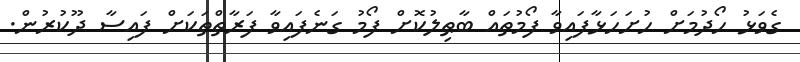
ގެވަޅު ހޯދުމަށް ހުށަހަޅާފައިވާ ފޯމުތައް ބާޠިލުކޮށް ފޯމު ގަނެފައިވާ ފަރާތްތަކަށް ފައިސާ ދޫކުރުން.